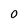
Character: O